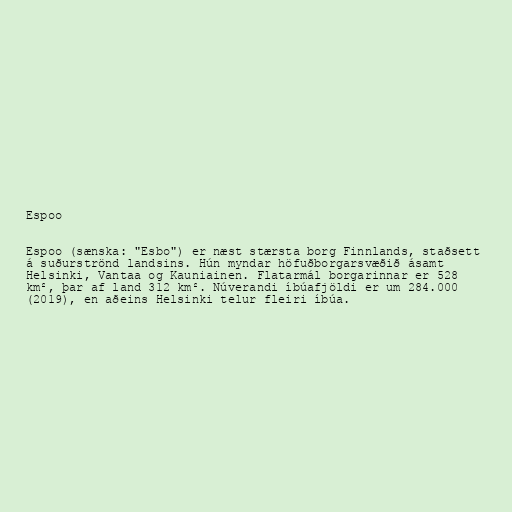
Espoo

Espoo (sænska: "Esbo") er næst stærsta borg Finnlands, staðsett
á suðurströnd landsins. Hún myndar höfuðborgarsvæðið ásamt
Helsinki, Vantaa og Kauniainen. Flatarmál borgarinnar er 528
km², þar af land 312 km². Núverandi íbúafjöldi er um 284.000
(2019), en aðeins Helsinki telur fleiri íbúa.